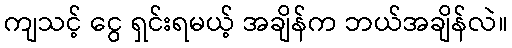
ကျသင့် ငွေ ရှင်းရမယ့် အချိန်က ဘယ်အချိန်လဲ။